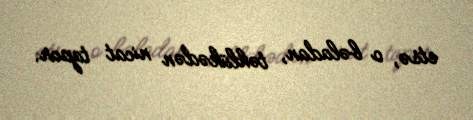
etsə, o bəladan, təhlükədən nicat tapar.